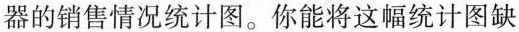
器的销售情况统计图。你能将这幅统计图缺